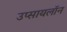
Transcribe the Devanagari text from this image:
उप्सायलॉन